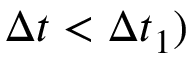
\Delta t < \Delta t _ { 1 } )